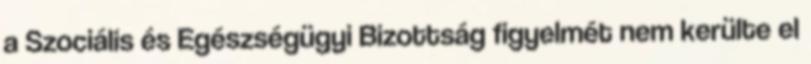
a Szociális és Egészségügyi Bizottság figyelmét nem kerülte el